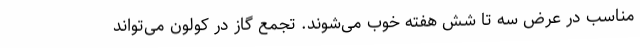
مناسب در عرض سه تا شش هفته خوب می‌شوند. تجمع گاز در کولون می‌تواند